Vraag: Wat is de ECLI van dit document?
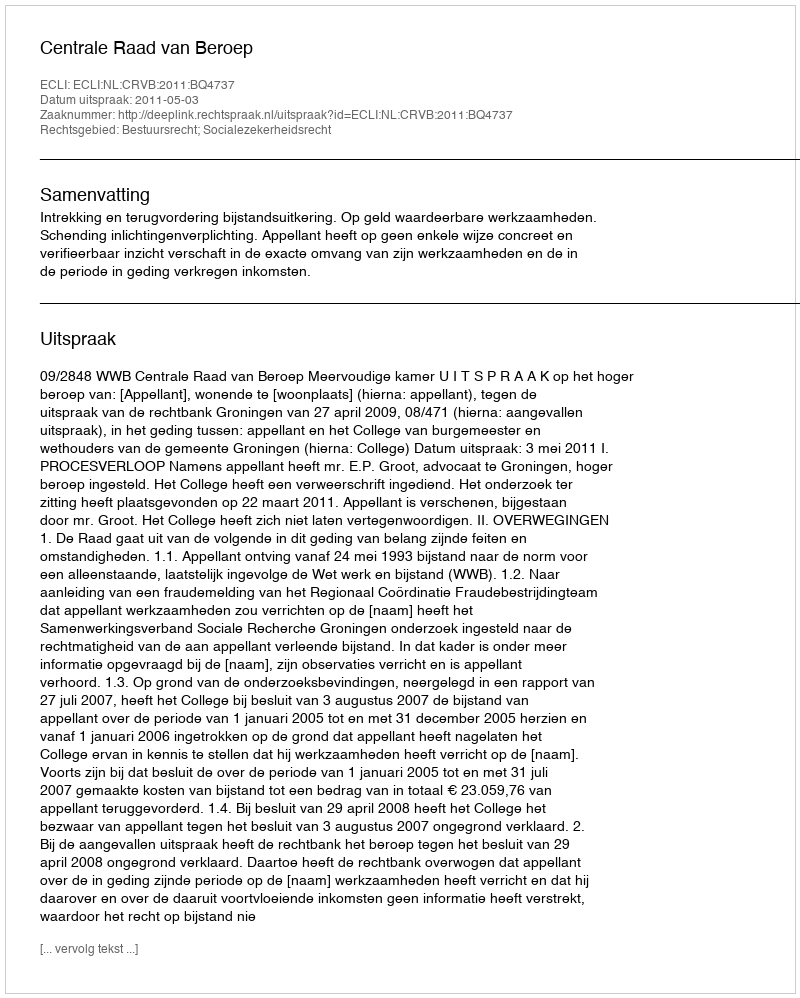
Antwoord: ECLI:NL:CRVB:2011:BQ4737